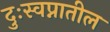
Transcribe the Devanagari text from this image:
दुःस्वप्नातील